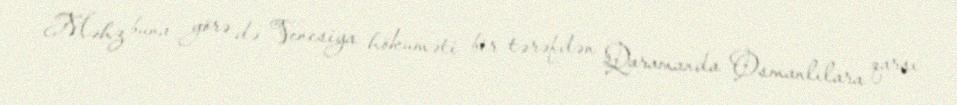
Məhz buna görə də Venesiya hökuməti bir tərəfdən Qaramanda Osmanlılara qarşı